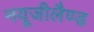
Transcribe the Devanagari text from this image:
नयूजीलैण्ड